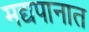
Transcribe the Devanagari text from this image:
मद्यपानात